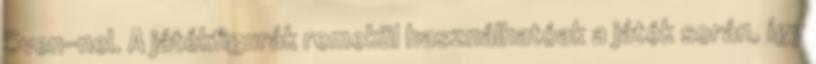
Sven-nel. A játékfigurák remekül használhatóak a játék során, így